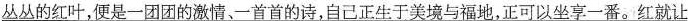
\underline{丛丛的红叶，便是一团团的激情、一首首的诗，自己正生于美境与福地，正可以坐享一番。红就让}